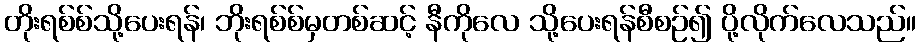
တိုးရစ်စ်သို့ပေးရန်၊ ဘိုးရစ်စ်မှတစ်ဆင့် နီကိုလေ သို့ပေးရန်စီစဉ်၍ ပို့လိုက်လေသည်။